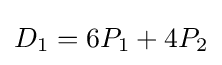
D_{1}=6P_{1}+4P_{2}